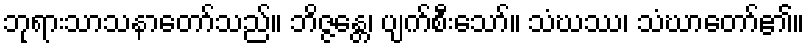
ဘုရားသာသနာတော်သည်။ ဘိဇ္ဇန္တေ၊ ပျက်စီးသော်။ သံဃဿ၊ သံဃာတော်၏။